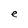
Character: e